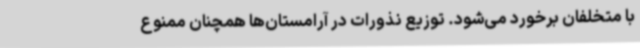
با متخلفان برخورد می‌شود. توزیع نذورات در آرامستان‌ها همچنان ممنوع